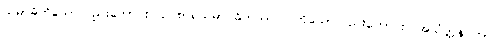
သမာဓိကိုသော်လည်းကောင်း။ ဥပစာရသမာ ဓိကဿဝါ၊ ကိုသော်လည်းကောင်း။ အသံတ္တနိ ကာ၊